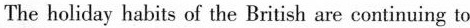
The holiday habits of the British are continuing to